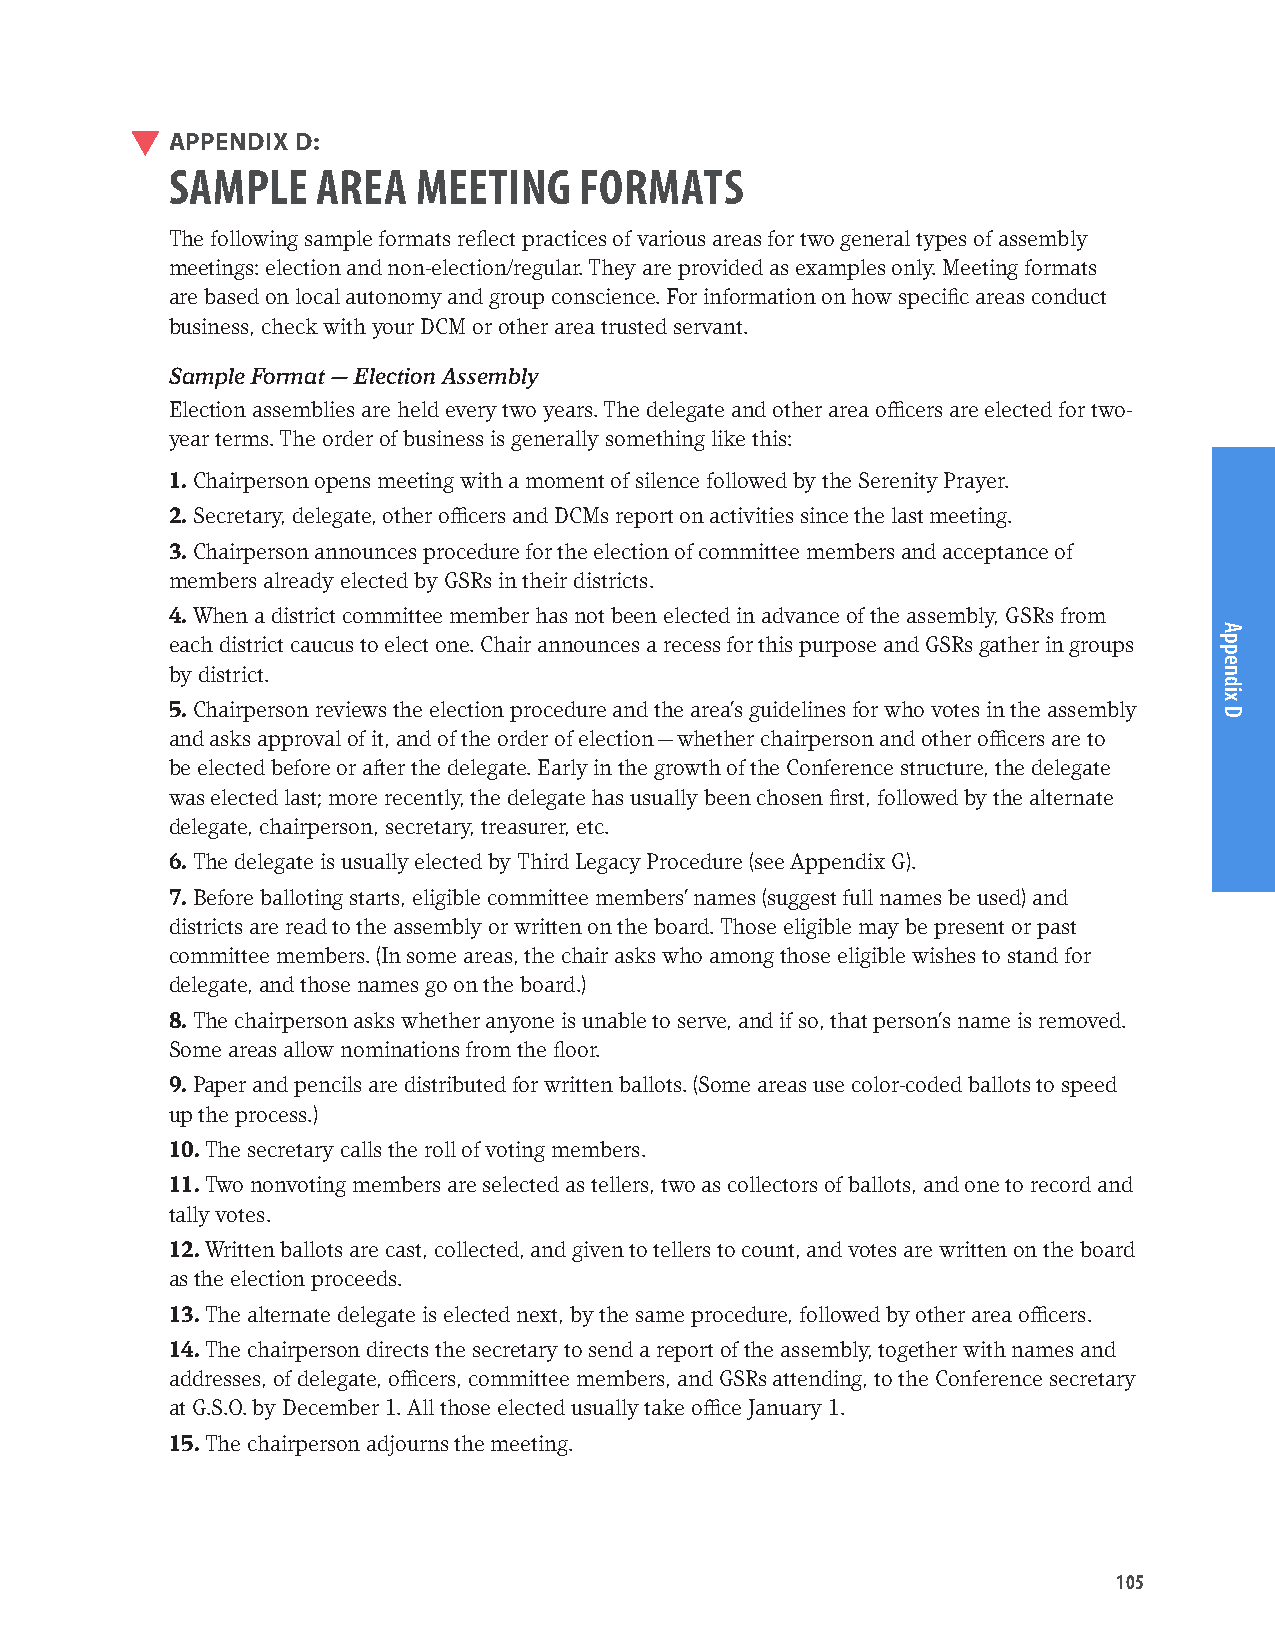
APPENDIX D:
 SAMPLE    AREA   MEETING   FORMATS
 The following sample formats reflect practices of various areas for two general types of assembly
 meetings: election and non-election/regular. They are provided as examples only. Meeting formats
 are based on local autonomy and group conscience. For information on how specific areas conduct
 business, check with your DCM or other area trusted servant.
 Sample Format — Election Assembly
 Election assemblies are held every two years. The delegate and other area officers are elected for two-
 year terms. The order of business is generally something like this:
 1. Chairperson opens meeting with a moment of silence followed by the Serenity Prayer.
 2. Secretary, delegate, other officers and DCMs report on activities since the last meeting.
 3. Chairperson announces procedure for the election of committee members and acceptance of
 members already elected by GSRs in their districts.
 4. When a district committee member has not been elected in advance of the assembly, GSRs from
 each district caucus to elect one. Chair announces a recess for this purpose and GSRs gather in groups
 by district.
 5. Chairperson reviews the election procedure and the area’s guidelines for who votes in the assembly
 and asks approval of it, and of the order of election — whether chairperson and other officers are to
 be elected before or after the delegate. Early in the growth of the Conference structure, the delegate
 was elected last; more recently, the delegate has usually been chosen first, followed by the alternate
 delegate, chairperson, secretary, treasurer, etc.
 6. The delegate is usually elected by Third Legacy Procedure (see Appendix G).
 7. Before balloting starts, eligible committee members’ names (suggest full names be used) and
 districts are read to the assembly or written on the board. Those eligible may be present or past
 committee members. (In some areas, the chair asks who among those eligible wishes to stand for
 delegate, and those names go on the board.)
 8. The chairperson asks whether anyone is unable to serve, and if so, that person’s name is removed.
 Some areas allow nominations from the floor.
 9. Paper and pencils are distributed for written ballots. (Some areas use color-coded ballots to speed
 up the process.)
 10. The secretary calls the roll of voting members.
 11. Two nonvoting members are selected as tellers, two as collectors of ballots, and one to record and
 tally votes.
 12. Written ballots are cast, collected, and given to tellers to count, and votes are written on the board
 as the election proceeds.
 13. The alternate delegate is elected next, by the same procedure, followed by other area officers.
 14. The chairperson directs the secretary to send a report of the assembly, together with names and
 addresses, of delegate, officers, committee members, and GSRs attending, to the Conference secretary
 at G.S.O. by December 1. All those elected usually take office January 1.
 15. The chairperson adjourns the meeting.
 105
 Appendix
 D